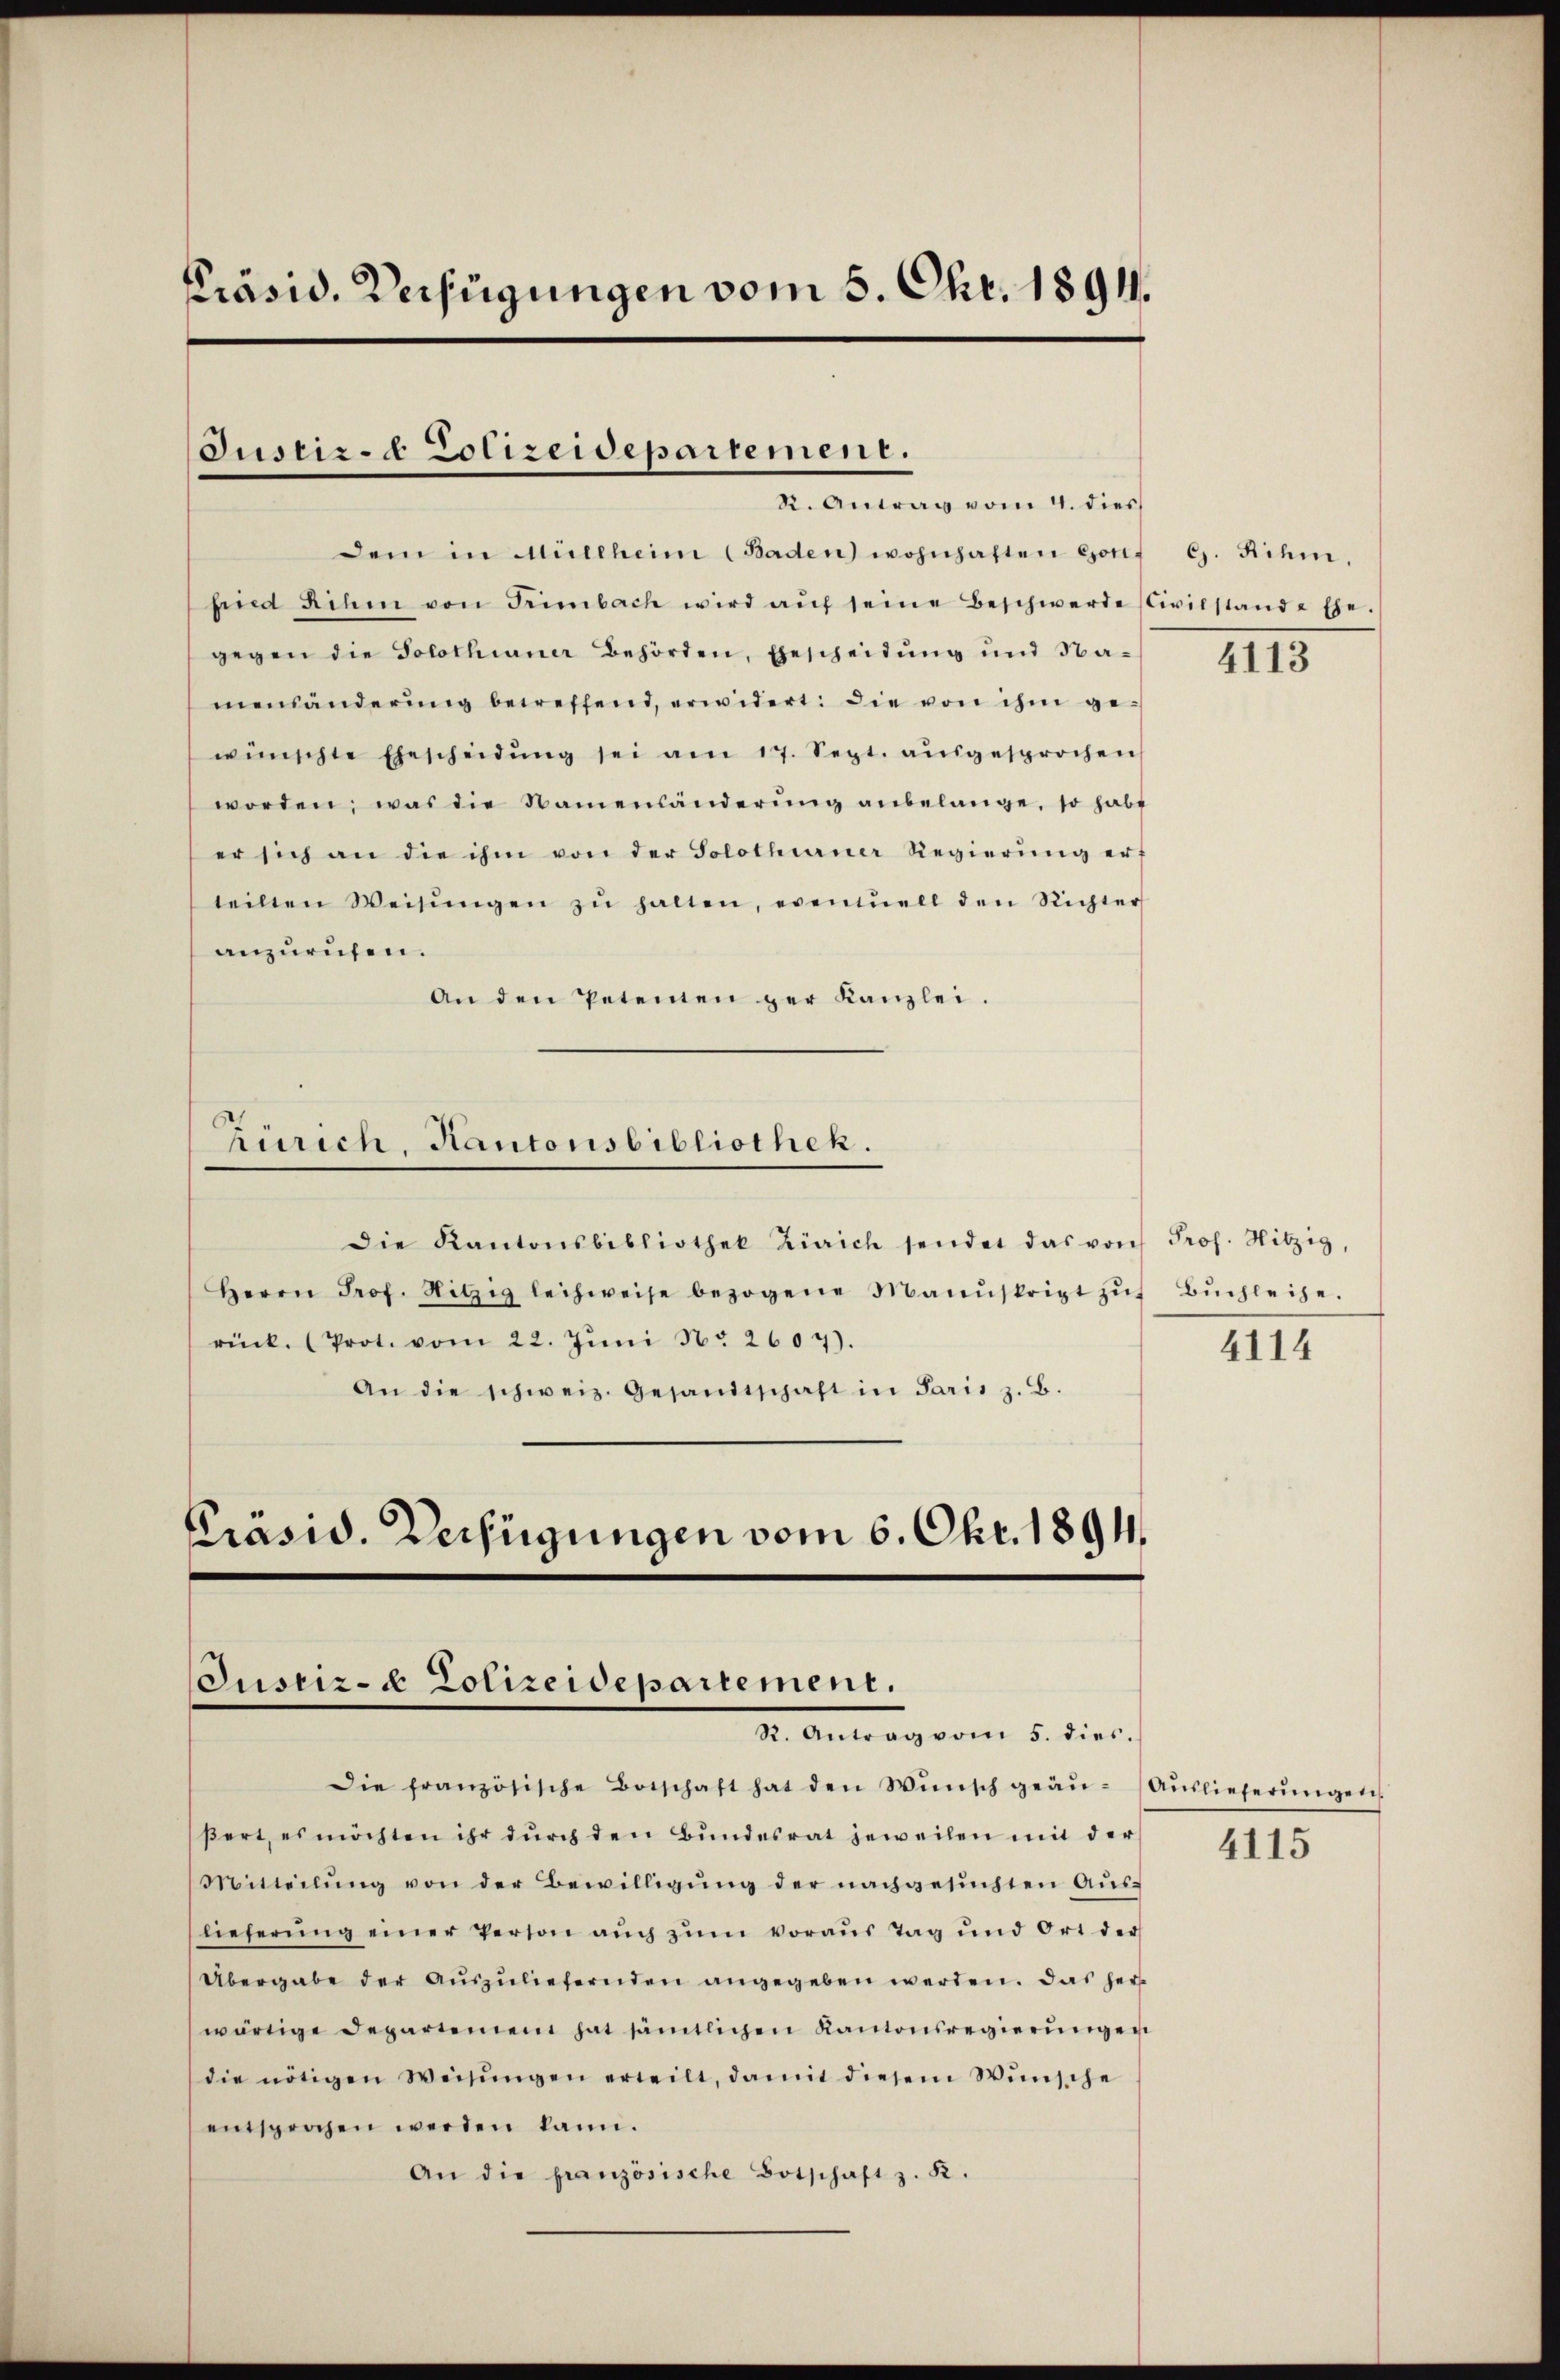
Präsid. Verfügungen vom 5. Okt. 1891.

Justiz- & Polizeidepartement.
R. Antrag vom 4. dies

dem in Müllheim (Baden) wohnhaften Conpied ihm von Trimbach wird aŭf seine Beschwerde Civilstand - Ehe.
gegen die Solothianer Behörden, gescheidung und Na-
menänderŭng betreffend, erwidert: Die von ihm ge-
wünschte Ehescheidŭng sei am 17. Sept. aŭsgesprochen
worden, was die Namensänderŭng anbelange, so habe
er sich an die ihm von der Solothurner Regierŭng erf
teilten Weisŭngen zŭ halten, eventuell den Richter
anzurufen.
An den Petenten ger Kanzlei.
Zürich, Kantonsbibliothek.
Die Kantonsbibliothek Zürich sendet das von Prof. Hitzig,
Herrn Prof. Hitzig leihweise bezogene Manuskript zŭr Bŭchleihe.
rück. (Prot. vom 22. Jŭni No 2607).
An die schweiz. Gesandtschaft in Paris z. B.

Prasid. Verfügungen vom 6. Okt. 1894.
Justiz- & Polizeidepartement.
S. Antrag vom 5. dies

Die französische Botschaft hat den Wünsch geaŭ-Aŭslieferŭngen
ßert, es möchten ihr durch den Bundesrat jeweilen mit der
Mitteilung von der Bewilligung der nachgesuchten Auslieferŭng einer Person aŭch zŭm voraus Tag und Ort der
Übergabe der Auszuliefernden angegeben werden. Das herz
wärtige Departement hat sämtlichen Kantonsregierungen
die nötigen Weisŭngen erteilt, damit diesem Wünsche
entsprochen werden kann.
An die französische Botschaft z. K.

G. Rihm.

4113

4114

4115